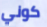
كوني